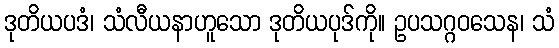
ဒုတိယပဒံ၊ သံလီယနာဟူသော ဒုတိယပုဒ်ကို။ ဥပသဂ္ဂဝသေန၊ သံ